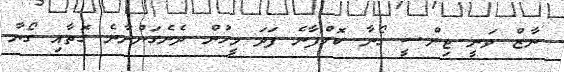
ނާޒް ވަނީ ޖިންސީ ގޯނާ ކޮށްފާނެ ފަދަ މީހުން ދެނެގަންނާނެ ގޮތާއި ގޯނާ